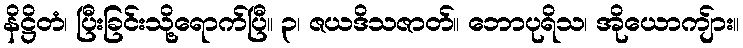
နိဋ္ဌိတံ၊ ပြီးခြင်းသို့ရောက်ပြီ။ ၃၊ ဇယဒိသဇာတ်။ ဘောပုရိသ၊ အိုယောကျ်ား။